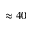
\approx 4 0